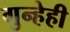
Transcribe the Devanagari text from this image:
गुन्हेही